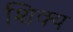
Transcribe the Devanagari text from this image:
शिक्य